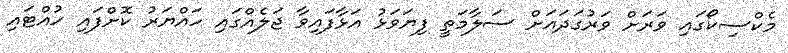
މެކްސިކޯގައި ވަރަށް ވަރުގަދައަށް ސަލާމަތީ ފިޔަވަޅު އަޅާފައިވާ ޖަލެއްގައި ހައްޔަރު ކޮށްފައި ހުއްޓައި